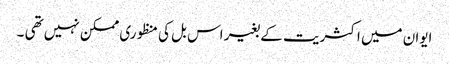
ایوان میں اکثریت کے بغیر اس بل کی منظوری ممکن نہیں تھی ۔